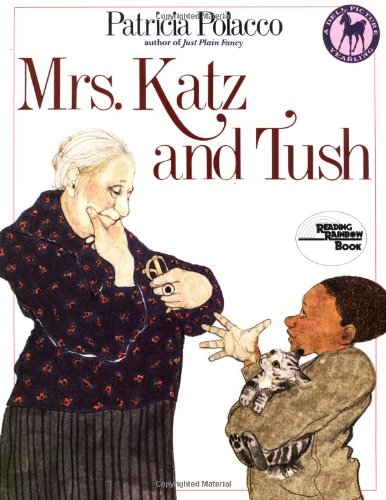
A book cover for Mrs. Katz and Tush (Reading Rainbow Book); Patricia Polacco; Children's Books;